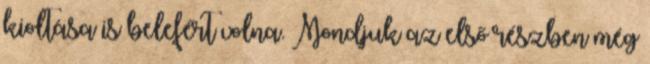
kioltása is belefért volna. Mondjuk az első részben még